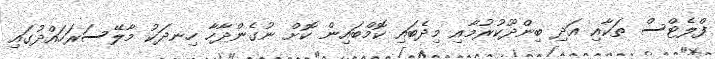
ފްލެޓްސް ތަކާއި އަދި ބިންދޫކުރުމާއި މިދެބައި ކޮމްބައިން ކޮށް ނުގެންދާހާ ހިނދަކު މާލޭސަރަހައްދުގައި